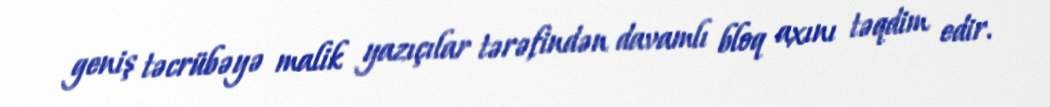
geniş təcrübəyə malik yazıçılar tərəfindən davamlı bloq axını təqdim edir.